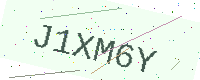
Text: J1XM6Y